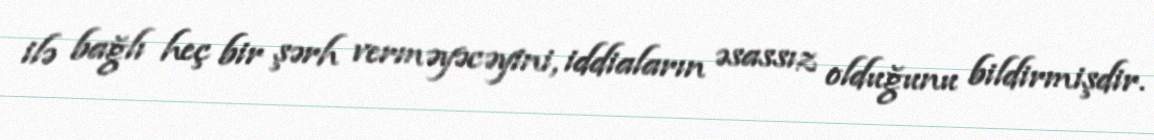
ilə bağlı heç bir şərh verməyəcəyini, iddiaların əsassız olduğunu bildirmişdir.